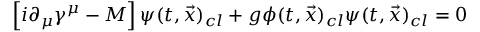
\left[ i \partial _ { \mu } \gamma ^ { \mu } - M \right] \psi ( t , { \vec { x } } ) _ { c l } + g \phi ( t , { \vec { x } } ) _ { c l } \psi ( t , { \vec { x } } ) _ { c l } = 0